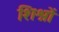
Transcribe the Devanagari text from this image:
शिश्नों